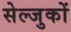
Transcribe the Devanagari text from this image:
सेल्जुकों